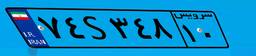
۹۸S۸۲۲۲۱